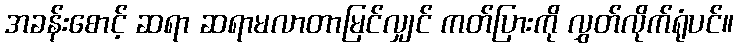
အခန်းစောင့် ဆရာ ဆရာမလာတာမြင်လျှင် ကတ်ပြားကို လွှတ်လိုက်ရုံပင်။